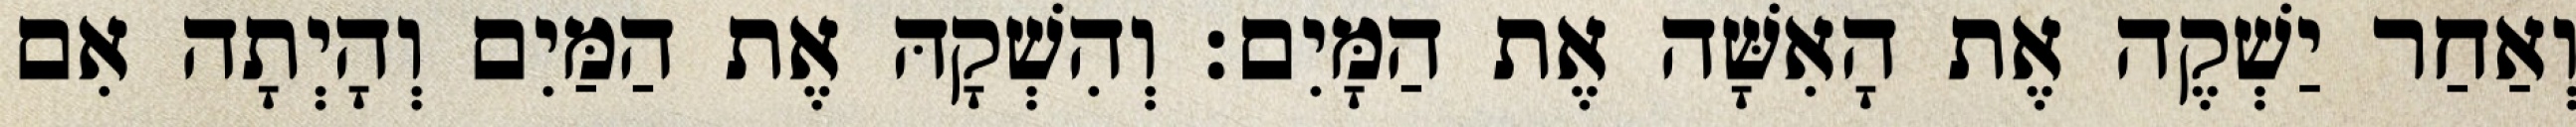
וְאַחַר יַשְׁקֶה אֶת הָאִשָּׁה אֶת הַמָּיִם׃ וְהִשְׁקָהּ אֶת הַמַּיִם וְהָיְתָה אִם